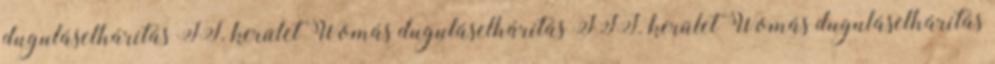
duguláselhárítás II. kerület Womás duguláselhárítás III. kerület Womás duguláselhárítás